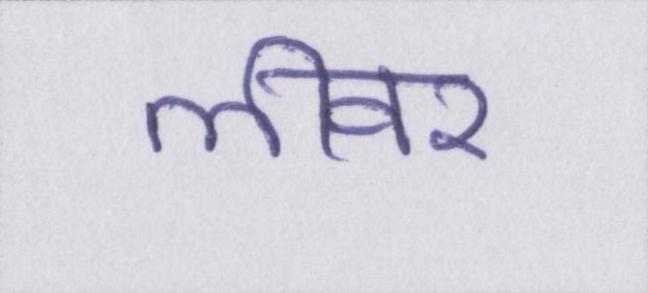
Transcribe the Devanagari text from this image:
लीवर